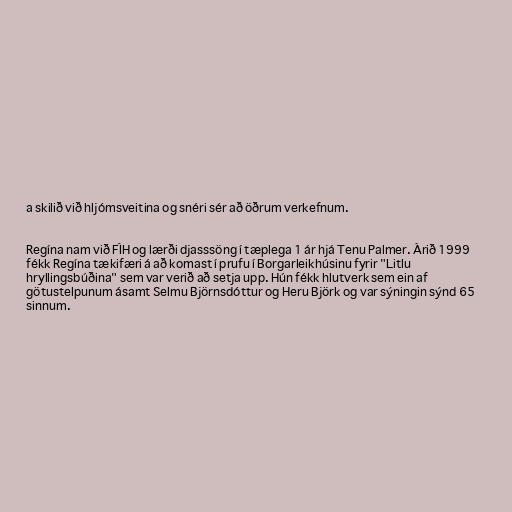
a skilið við hljómsveitina og snéri sér að öðrum verkefnum.

Regína nam við FÍH og lærði djasssöng í tæplega 1 ár hjá Tenu Palmer. Árið 1999
fékk Regína tækifæri á að komast í prufu í Borgarleikhúsinu fyrir "Litlu
hryllingsbúðina" sem var verið að setja upp. Hún fékk hlutverk sem ein af
götustelpunum ásamt Selmu Björnsdóttur og Heru Björk og var sýningin sýnd 65
sinnum.